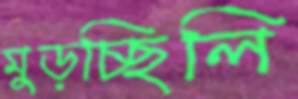
মুড়চ্ছিলি